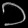
Digit: ၁